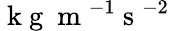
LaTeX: \mathrm{~k~g~}\mathrm{~m~}^{-1}\mathrm{~s~}^{-2}